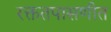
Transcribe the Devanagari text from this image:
रक्ततपासणीत